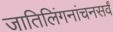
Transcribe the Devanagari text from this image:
जातिलिंगनांचनसर्वं